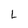
Character: L